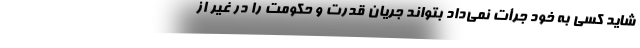
شاید کسی به خود جرأت نمی‌داد بتواند جریان قدرت و حکومت را در غیر از